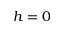
h = 0